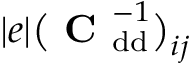
| e | \big ( \mathrm { \textbf { C } } _ { \mathrm { d d } } ^ { - 1 } \big ) _ { i j }